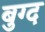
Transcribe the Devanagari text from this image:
बुग्द